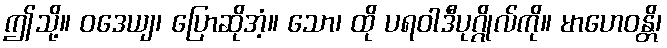
ဤသို့။ ဝဒေယျ၊ ပြောဆိုအံ့။ သော၊ ထို ပရဝါဒီပုဂ္ဂိုလ်ကို။ မာဟေဝန္တိ၊